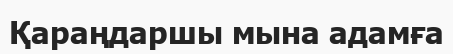
Қараңдаршы мына адамға